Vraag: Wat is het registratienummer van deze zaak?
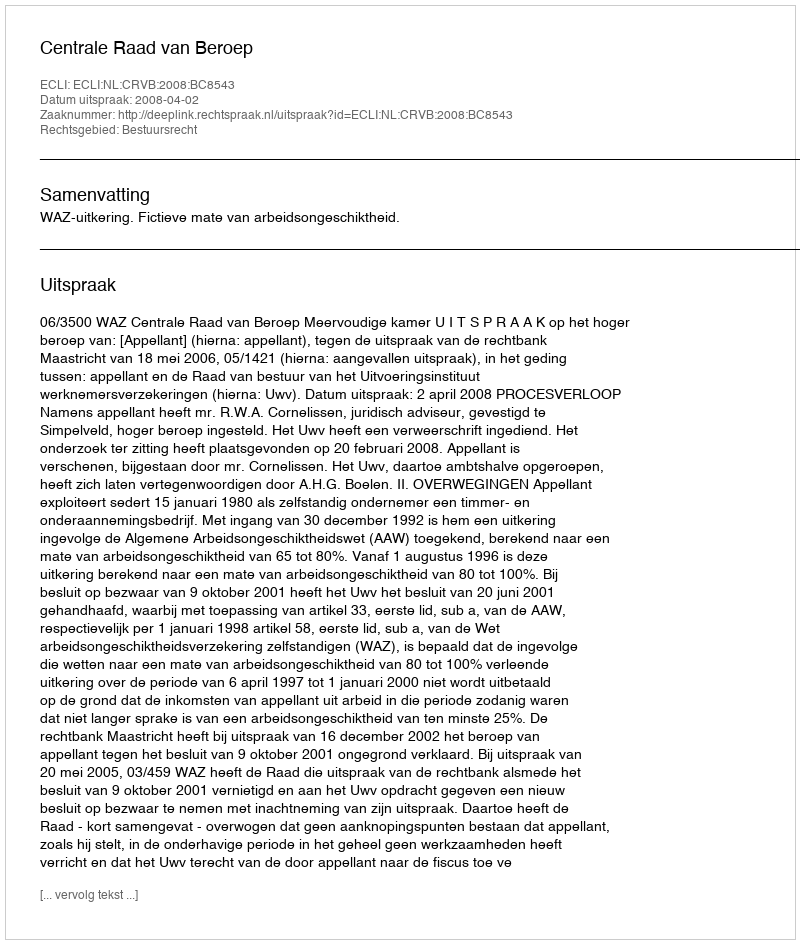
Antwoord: http://deeplink.rechtspraak.nl/uitspraak?id=ECLI:NL:CRVB:2008:BC8543